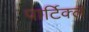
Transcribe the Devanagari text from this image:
पार्टिक्ल